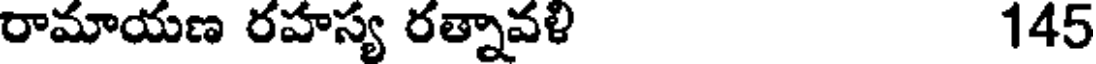
రామాయణ రహస్య రత్నావళి 145